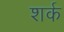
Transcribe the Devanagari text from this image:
शर्क